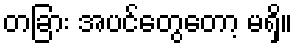
တခြား အပင်တွေတော့ မရှိ။